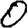
Digit: 0